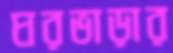
ঘরভাড়ার